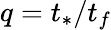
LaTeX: q=t_{*}/t_{f}